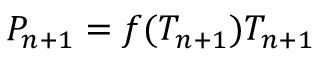
P _ { n + 1 } = f ( T _ { n + 1 } ) T _ { n + 1 }